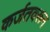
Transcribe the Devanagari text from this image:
कर्जतवरून